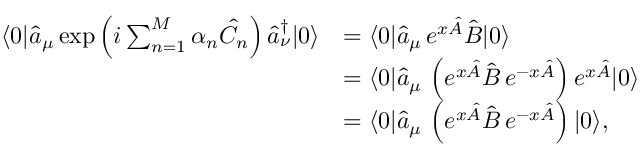
\begin{array} { r l } { \langle 0 | \hat { a } _ { \mu } \exp \left( i \sum _ { n = 1 } ^ { M } \alpha _ { n } \hat { C } _ { n } \right) \hat { a } _ { \nu } ^ { \dagger } | 0 \rangle } & { = \langle 0 | \hat { a } _ { \mu } \, e ^ { x \hat { A } } \hat { B } | 0 \rangle } \\ & { = \langle 0 | \hat { a } _ { \mu } \, \left( e ^ { x \hat { A } } \hat { B } \, e ^ { - x \hat { A } } \right) e ^ { x \hat { A } } | 0 \rangle } \\ & { = \langle 0 | \hat { a } _ { \mu } \, \left( e ^ { x \hat { A } } \hat { B } \, e ^ { - x \hat { A } } \right) | 0 \rangle , } \end{array}